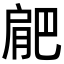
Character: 𭨼